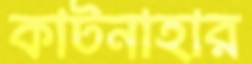
কাটনাহার